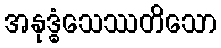
အနုဒ္ဓံသေဿတိသော